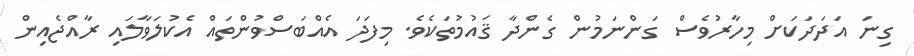
ގިނަ އަދަދަކަށް މިހާރުވެސް ގަންނަމުން ގެންދާ ޤައުމުތަކެވެ. މިފަދަ އެއްބަސްވުންތައް އެކުލަވާލައި ރާއްޖެއިން